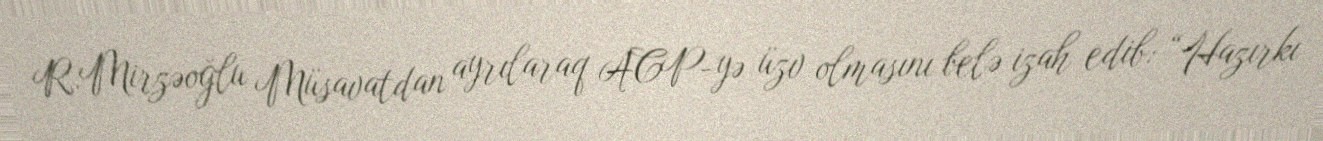
R.Mirzəoğlu Müsavatdan ayrılaraq ACP-yə üzv olmasını belə izah edib: “Hazırkı